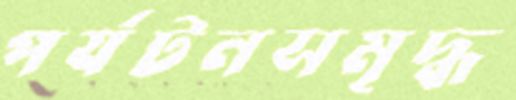
পর্যটনসমৃদ্ধ